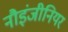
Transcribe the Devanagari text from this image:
नौइंजीनियर